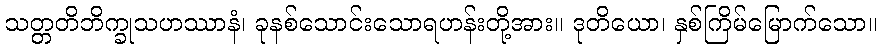
သတ္တတိဘိက္ခုသဟဿာနံ၊ ခုနစ်သောင်းသောရဟန်းတို့အား။ ဒုတိယော၊ နှစ်ကြိမ်မြောက်သော။